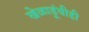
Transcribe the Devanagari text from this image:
खेळाडूंचीही